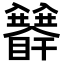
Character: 𥍅